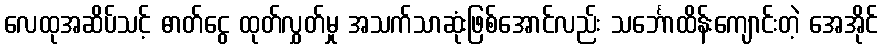
လေထုအဆိပ်သင့် ဓာတ်ငွေ ထုတ်လွှတ်မှု အသက်သာဆုံးဖြစ်အောင်လည်း သင်္ဘောထိန်းကျောင်းတဲ့ အေအိုင်